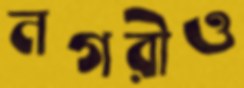
নগরীও